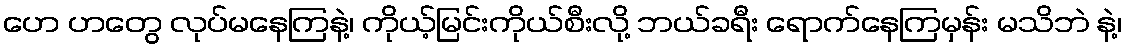
ဟေ ဟတွေ လုပ်မနေကြနဲ့၊ ကိုယ့်မြင်းကိုယ်စီးလို့ ဘယ်ခရီး ရောက်နေကြမှန်း မသိဘဲ နဲ့၊